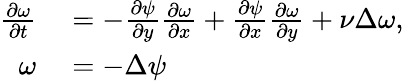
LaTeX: \begin{array}{rl}{\frac{\partial\omega}{\partial t}}&{{}=-\frac{\partial\psi}{\partial y}\frac{\partial\omega}{\partial x}+\frac{\partial\psi}{\partial x}\frac{\partial\omega}{\partial y}+\nu\Delta\omega,}\\ {\omega}&{{}=-\Delta\psi}\end{array}